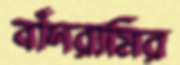
বাঁদরামির